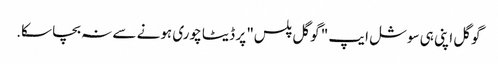
گوگل اپنی ہی سوشل ایپ " گوگل پلس" پر ڈیٹا چوری ہونے سے نہ بچا سکا.